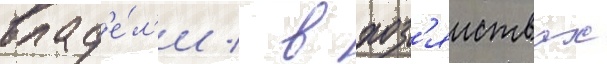
влад'е́л'и / в хоз'яиствах